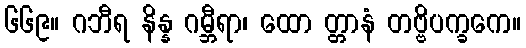
၆၆၉။ ဂဘီရ နိန္န ဂမ္ဘီရာ၊ ထော တ္တာနံ တဗ္ဗိပက္ခကေ။